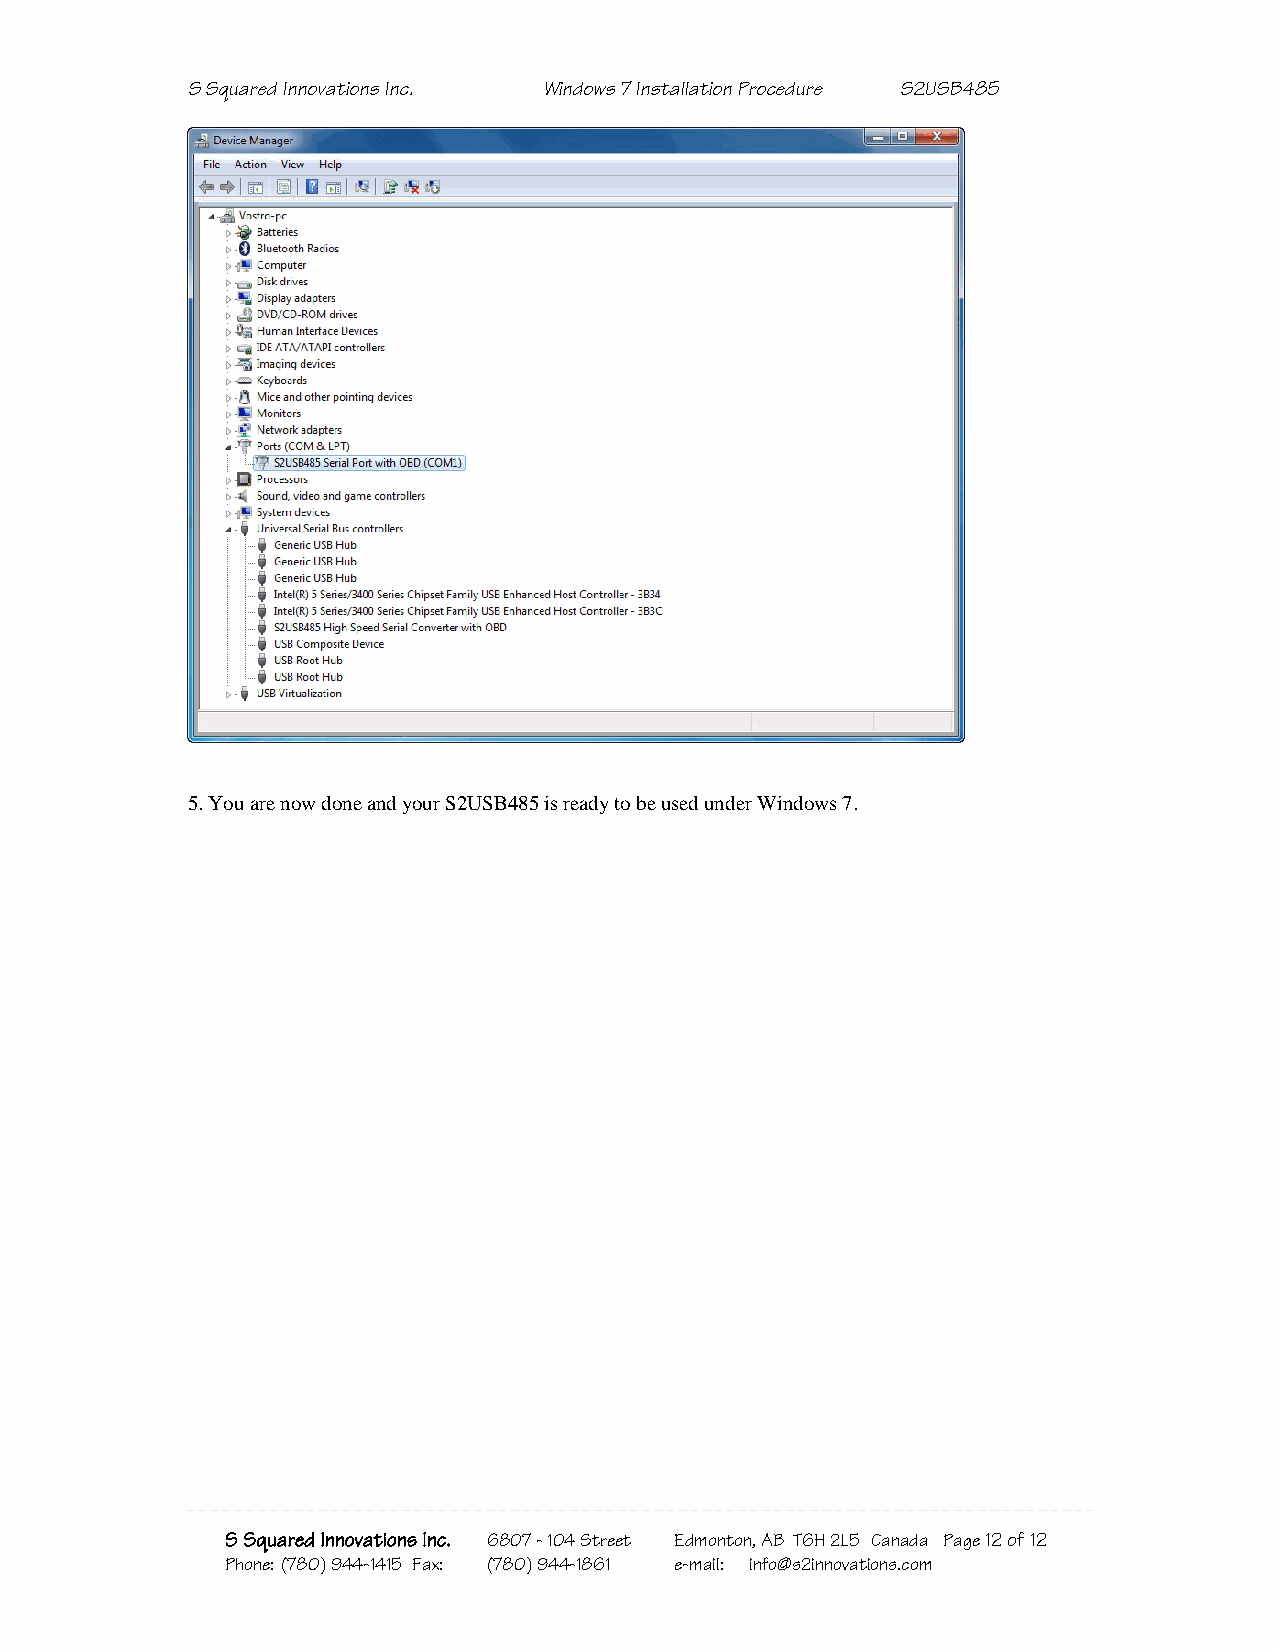
S Squared Innovations Inc. Windows 7 Installation Procedure S2USB485
 5. You are now done and your S2USB485 is ready to be used under Windows 7.
 S Squared Innovations Inc. 6807 - 104 Street Edmonton, AB T6H 2L5 Canada Page 12 of 12
 Phone: (780) 944-1415 Fax: (780) 944-1861 e-mail: info@s2innovations.com